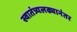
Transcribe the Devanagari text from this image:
स्वातंत्र्यलढ्यानंतर